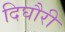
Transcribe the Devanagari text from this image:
दिघौरी